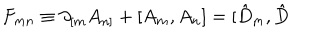
LaTeX: F _ { m n } \equiv \partial _ { \lbrack m } A _ { n ] } + [ A _ { m } , A _ { n } ] = [ \hat { D } _ { m } , \hat { D }